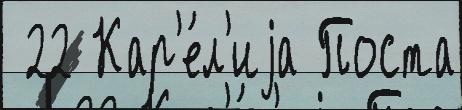
 22 Кар'е́л'иjа Поста